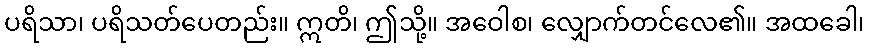
ပရိသာ၊ ပရိသတ်ပေတည်း။ ဣတိ၊ ဤသို့။ အဝေါစ၊ လျှောက်တင်လေ၏။ အထခေါ၊